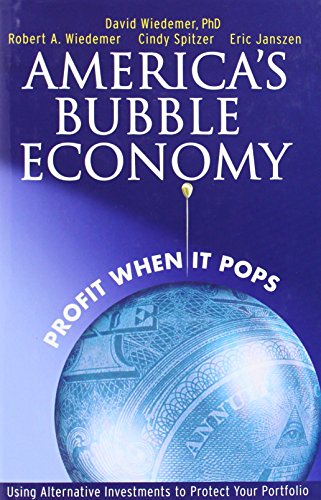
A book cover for America's Bubble Economy: Profit When It Pops; David Wiedemer; Business & Money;